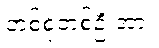
တစ်စုံတစ်ဦးအား